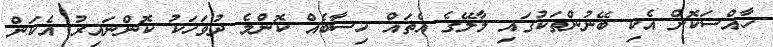
ހާއްސަކޮށް އެކި ބޭނުންތަކުގައި މާލޭގެ އެތައް ހިސާބެއް ކޮންމެ ދުވަހަކު ކޮންނައިރު އެކަން